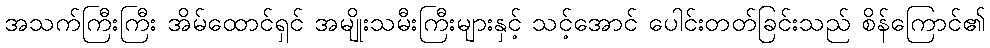
အသက်ကြီးကြီး အိမ်ထောင်ရှင် အမျိုးသမီးကြီးများနှင့် သင့်အောင် ပေါင်းတတ်ခြင်းသည် စိန်ကြောင်၏